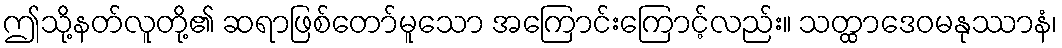
ဤသို့နတ်လူတို့၏ ဆရာဖြစ်တော်မူသော အကြောင်းကြောင့်လည်း။ သတ္ထာဒေဝမနုဿာနံ၊